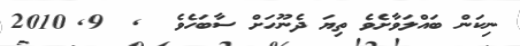
ނިކަން ބައްލަވާށެވެ ތިޔަ ދެނޫހަށް ސާބަހެވެ